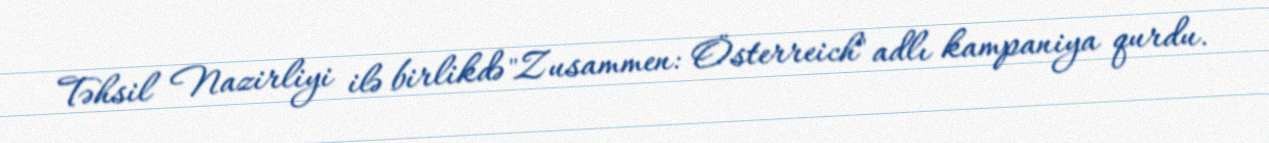
Təhsil Nazirliyi ilə birlikdə "Zusammen: Österreich" adlı kampaniya qurdu.